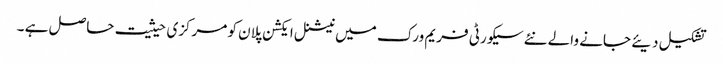
تشکیل دیئے جانے والے نئے سیکورٹی فریم ورک میں نیشنل ایکشن پلان کو مرکزی حیثیت حاصل ہے ۔